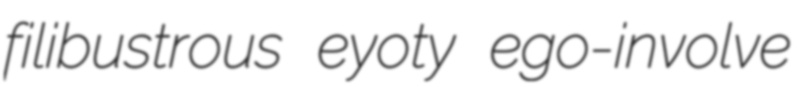
filibustrous eyoty ego-involve